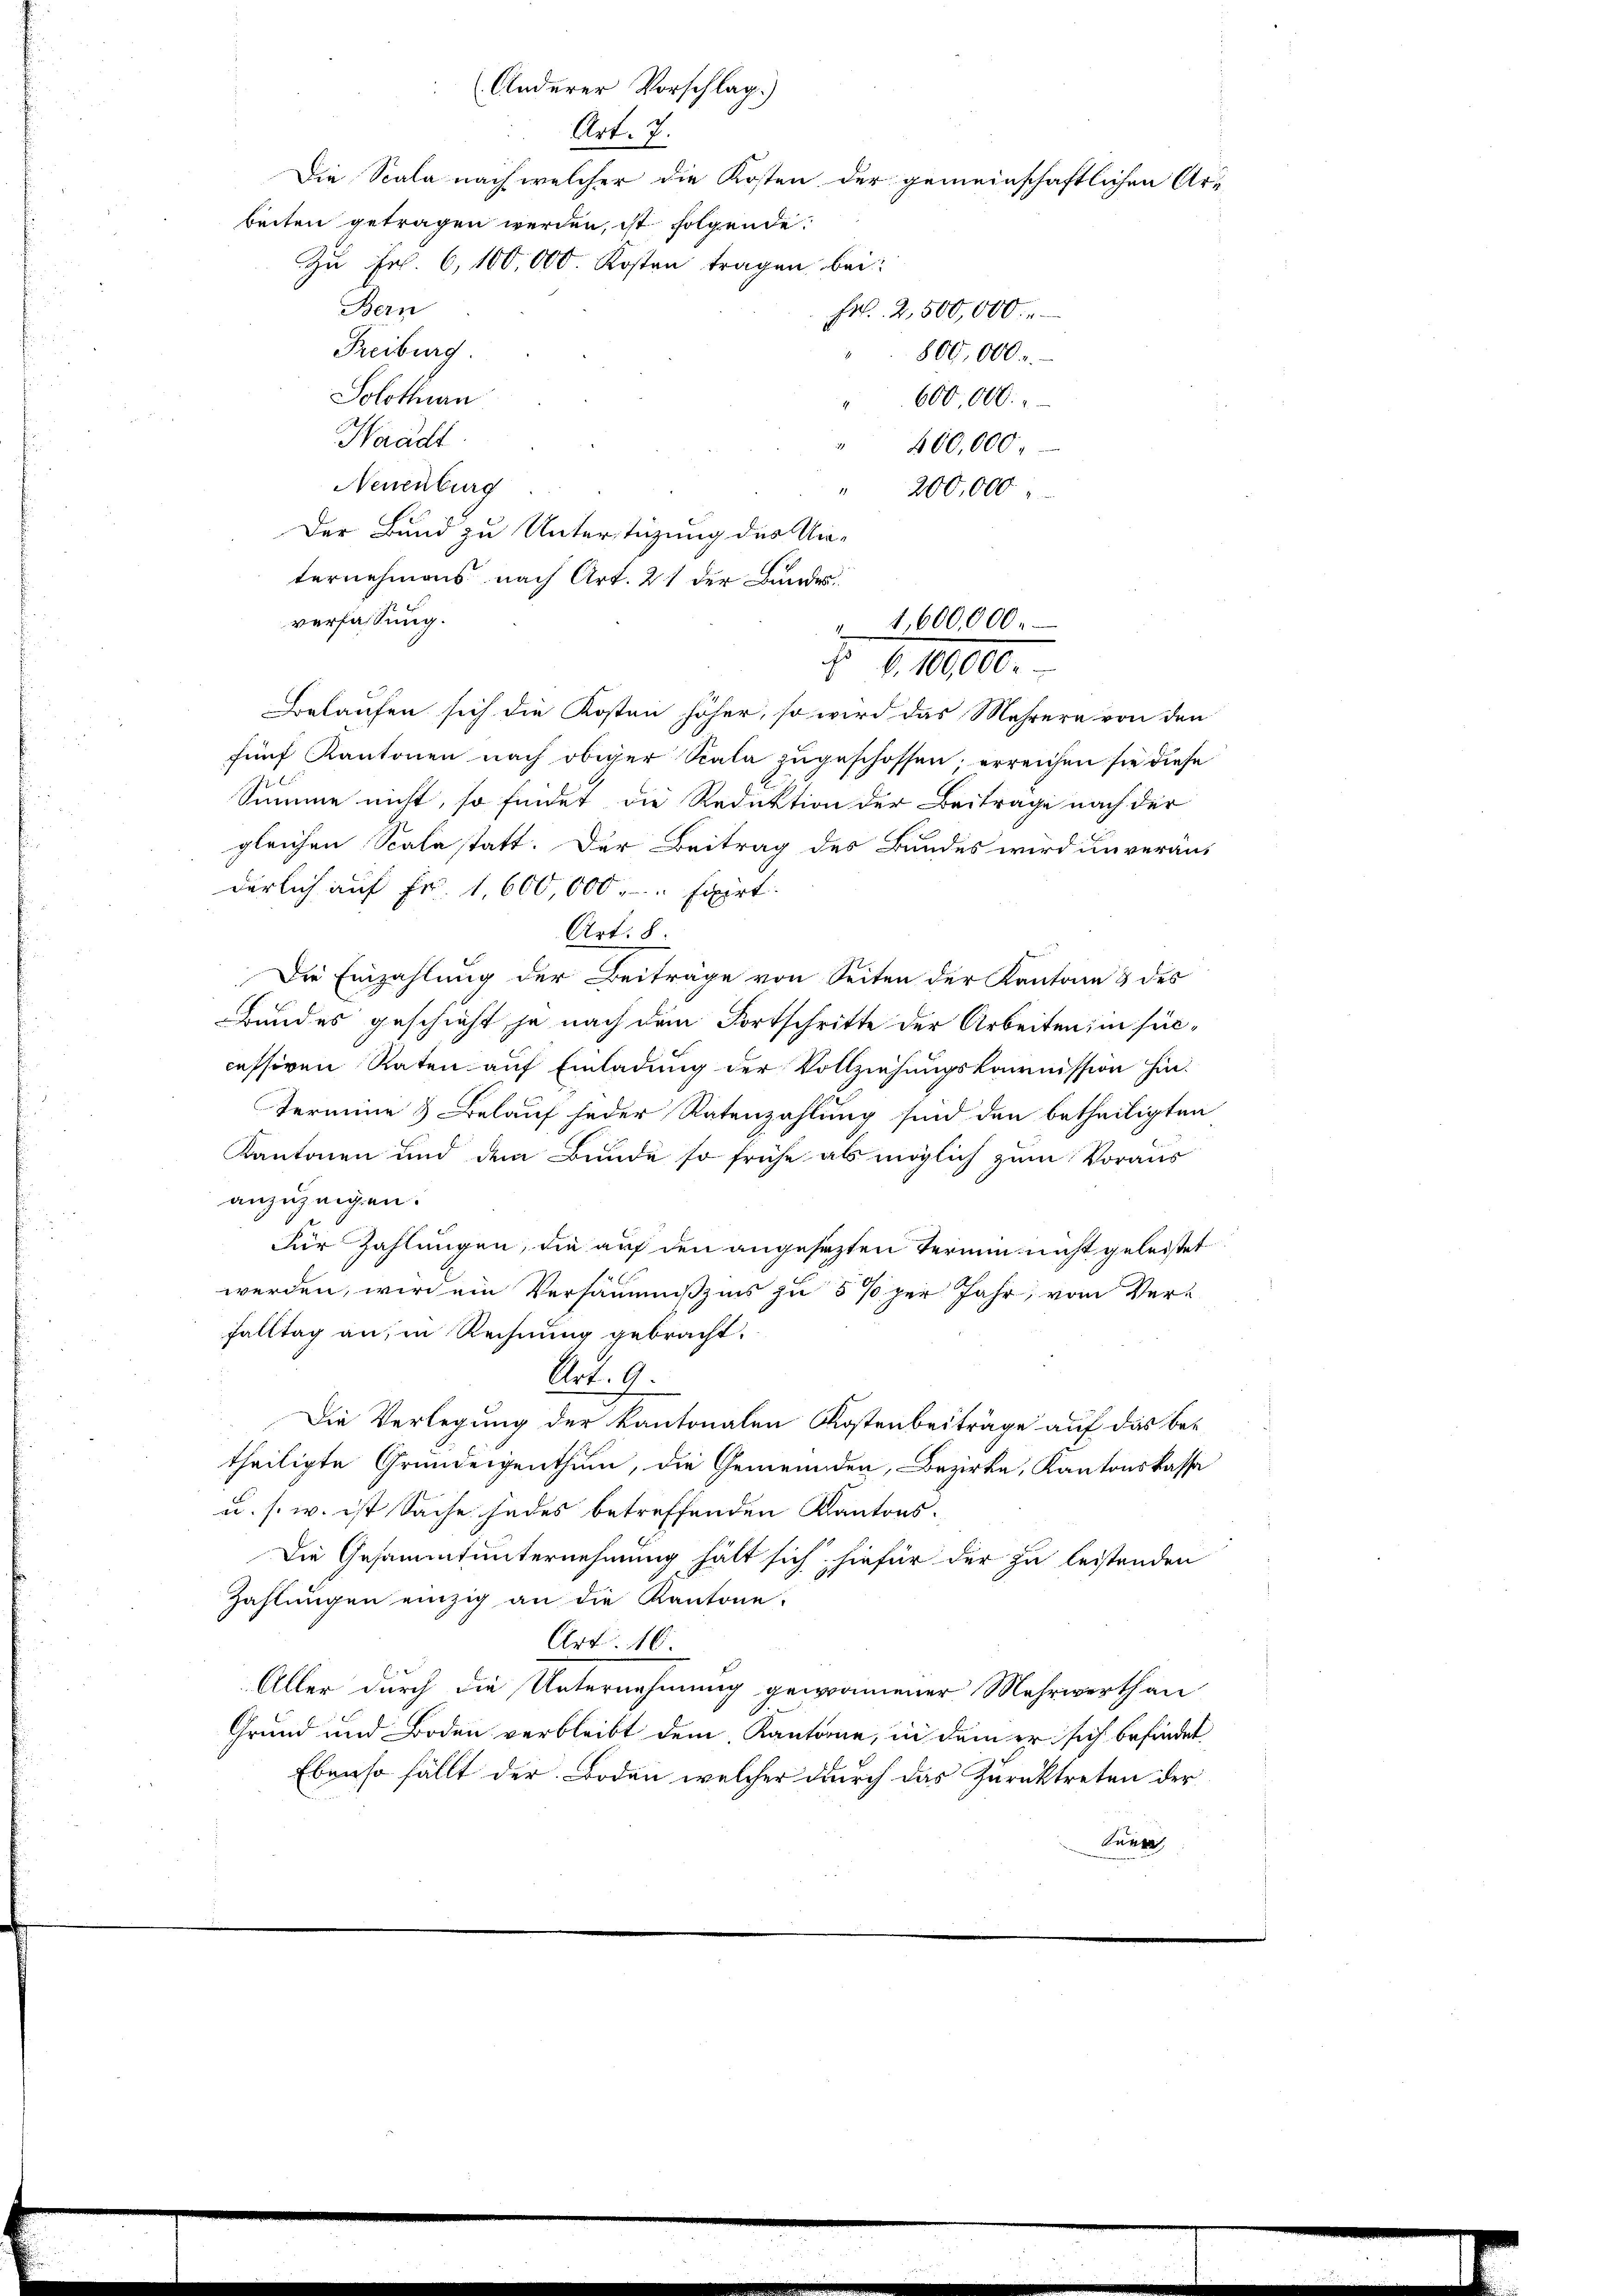
(Anderer Vorschlag.)
Art. 7.
Die Scala nach welcher die Kosten der gemeinschaftlichen Are-
Zu Fr. 6, 100,000 Kosten tragen bei:
Bern
Frl. 2,500,000.
Freiburg.
800,000.-
Solothurn
600,000.
Headt
400,000
Neuenburg
200,000
Der Bund zu Unterstüzung des Un¬

beiten getragen werden, ist folgende

e
verfassung.
Belaufen sich die Kosten höher, so wird das Mehrern von den
fünf Kantonen nach obiger Scala zugeschossen, erreichen sie diese
Summe nicht, so findet die Reduktion der Beitrage nach der
gleichen Scala statt. Der Beitrag des Bundes wird unveräus
derlich auf Fr. 1,600,000 " " fixirt.
Art. 8
Die Einzahlung der Beiträge von Seiten der Kantone & des
Bundes geschieht, ja nach dem Fortschritte der Arbeiten, in suc-
cessiven Raten auf Einladung der Vollziehungskommission hin-
Termine & Belauf jeder Ratenzahlung sind den betheiligten
Kantonen und dem Bunde so frühe als möglich zum Voraus
anzuzeigen.
Für Zahlungen, die auf den angesezten Termin nicht geleistet
werden, wird ein Versäumißzins zu 5 per Jahr, vom Verfalltag an, in Rechnung gebracht.
Art. 6.
Die Verlegung der Kantonalen Kostenbeiträge auf das be-
theiligte Grundeigenthum, die Gemeinden, Bezirke, Kantonskassa
u. s. w. ist Sache jedes betreffenden Kantons¬
Die Gesammtunternehmung hält sich hiefür der zu leistenden
Zahlungen einzig an die Kantone.
Art. 10
Aller durch die Unternehmung gewonnener Mehrwerthan
Grund und Boden verbleibt dem Kantone, in dem er sich befindet
Ebenso fällt der Boden welcher durch das Zurücktreten der
Kurre

ternehmens nach Art. 21 der Bundes.
1,600,000.
ho
b. 100,000